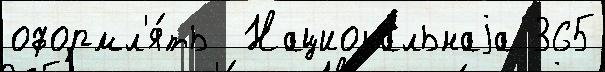
оформл'я́ть  Национа́льнаjа 365